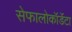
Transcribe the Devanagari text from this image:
सेफालोकॉर्डेटा